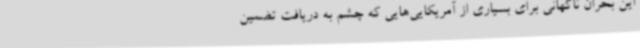
این بحران ناگهانی برای بسیاری از آمریکایی‌هایی که چشم به دریافت تضمین